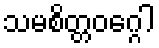
သမစိတ္တဝဂ္ဂေါ